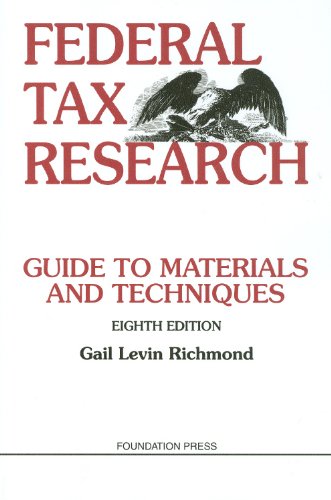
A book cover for Federal Tax Research: Guide to Materials and Techniques, 8th Edition; Gail Richmond; Law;